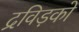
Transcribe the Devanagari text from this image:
द्रविड़को